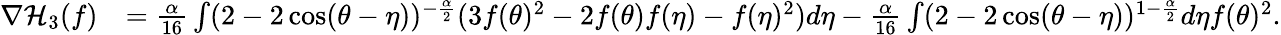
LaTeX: \begin{array}{rl}{\nabla\mathcal{H}_{3}(f)}&{=\frac{\alpha}{16}\int(2-2\cos(\theta-\eta))^{-\frac{\alpha}{2}}(3f(\theta)^{2}-2f(\theta)f(\eta)-f(\eta)^{2})d\eta-\frac{\alpha}{16}\int(2-2\cos(\theta-\eta))^{1-\frac{\alpha}{2}}d\eta f(\theta)^{2}.}\end{array}